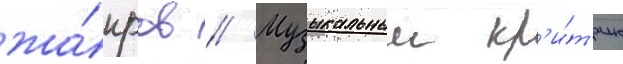
жа́нров // Музыкальныи кр'и́т'ик